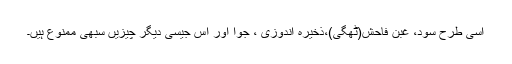
اسی طرح سود، غبن فاحش(ٹھگی)،ذخیرہ اندوزی ، جوا اور اس جیسی دیگر چیزیں سبھی ممنوع ہیں۔